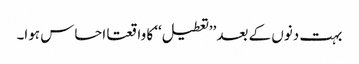
بہت دنوں کے بعد ’’تعطیل‘‘ کا واقعتا احساس ہوا۔